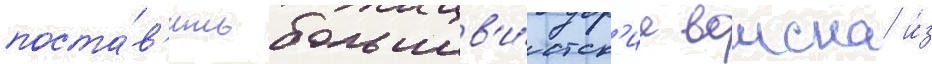
поста́в'ить большев'и́стск'ие воиска и́з